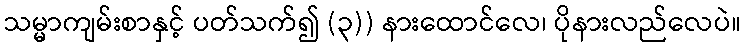
သမ္မာကျမ်းစာနှင့် ပတ်သက်၍ (၃)) နားထောင်လေ၊ ပိုနားလည်လေပဲ။